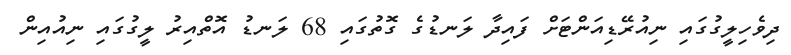
ދިވެހިލީގުގައި ނިއުރޭޑިއަންޓަށް ފައިދާ ލަނޑުގެ ގޮތުގައި 68 ލަނޑު އޮތްއިރު ލީގުގައި ނިއުއިން